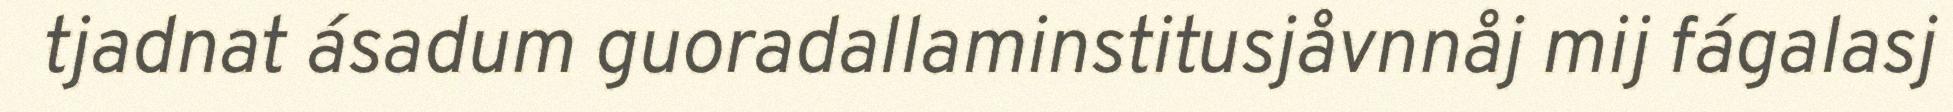
tjadnat ásadum guoradallaminstitusjåvnnåj mij fágalasj